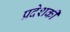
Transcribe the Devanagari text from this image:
प्रदेशकी